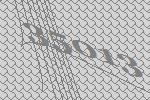
35013